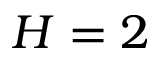
H = 2